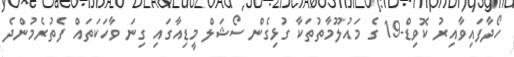
ހޯދާފައިވާއިރު ކޮވިޑް-19 ގެ މައުލޫމާތުތަކާ ގުޅިގެން ސޯޝަލް މީޑިއާގައި ގިނަ ވާހަކަތައް ފެތުރެމުންދެ